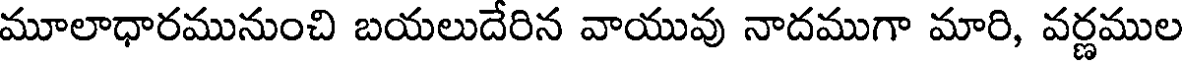
మూలాధారమునుంచి బయలుదేరిన వాయువు నాదముగా మారి, వర్ణముల